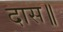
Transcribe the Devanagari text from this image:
दास॥